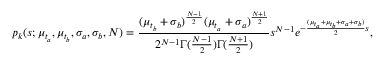
p _ { k } ( s ; \mu _ { t _ { a } } , \mu _ { t _ { b } } , \sigma _ { a } , \sigma _ { b } , N ) = \frac { ( \mu _ { t _ { b } } + \sigma _ { b } ) ^ { \frac { N - 1 } { 2 } } ( \mu _ { t _ { a } } + \sigma _ { a } ) ^ { \frac { N + 1 } { 2 } } } { 2 ^ { N - 1 } \Gamma ( \frac { N - 1 } { 2 } ) \Gamma ( \frac { N + 1 } { 2 } ) } s ^ { N - 1 } e ^ { - \frac { ( \mu _ { t _ { a } } + \mu _ { t _ { b } } + \sigma _ { a } + \sigma _ { b } ) } { 2 } s } ,